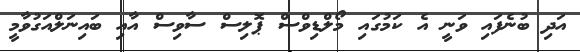
އަދި ބުނެފައި ވަނީ އެ ކަމުގައި މޯލްޑިވްސް ޕޮލިސް ސާވިސް އާއި ބައިނަލްއަގުވާމީ